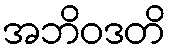
အဘိဝဒတိ